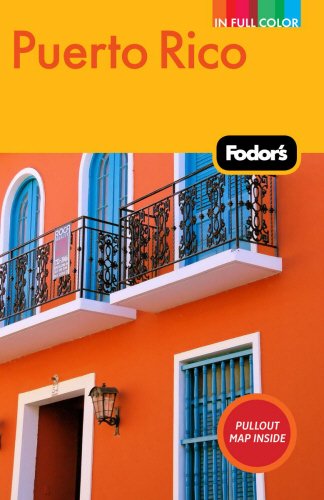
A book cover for Fodor's Puerto Rico, 6th Edition (Full-color Travel Guide); Fodor's; Travel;